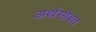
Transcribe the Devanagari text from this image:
अर्थसोबत